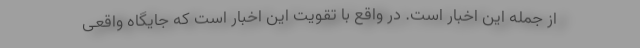
از جمله این اخبار است. در واقع با تقویت این اخبار است که جایگاه واقعی